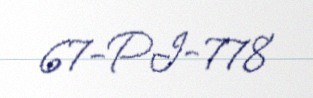
67-PI-778